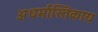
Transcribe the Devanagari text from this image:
अधर्मास्तिकाय